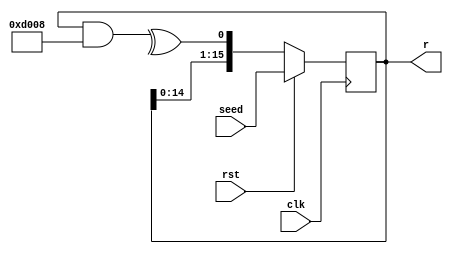
/*
* Copyright 2018-2022 F4PGA Authors
*
* Licensed under the Apache License, Version 2.0 (the "License");
* you may not use this file except in compliance with the License.
* You may obtain a copy of the License at
*
*     http://www.apache.org/licenses/LICENSE-2.0
*
* Unless required by applicable law or agreed to in writing, software
* distributed under the License is distributed on an "AS IS" BASIS,
* WITHOUT WARRANTIES OR CONDITIONS OF ANY KIND, either express or implied.
* See the License for the specific language governing permissions and
* limitations under the License.
*
* SPDX-License-Identifier: Apache-2.0
*/

// Linear feedback shift register.
//
// Useful as a simple psuedo-random number generator.
module LFSR #(
    parameter WIDTH = 16,
    parameter POLY = 16'hD008
) (
    input rst,
    input clk,
    input [WIDTH-1:0] seed,
    output reg [WIDTH-1:0] r
);
    wire feedback = ^(r & POLY);

    always @(posedge clk) begin
        if(rst) begin
            r <= seed;
        end else begin
            r <= {r[WIDTH-2:0], feedback};
        end
    end
endmodule